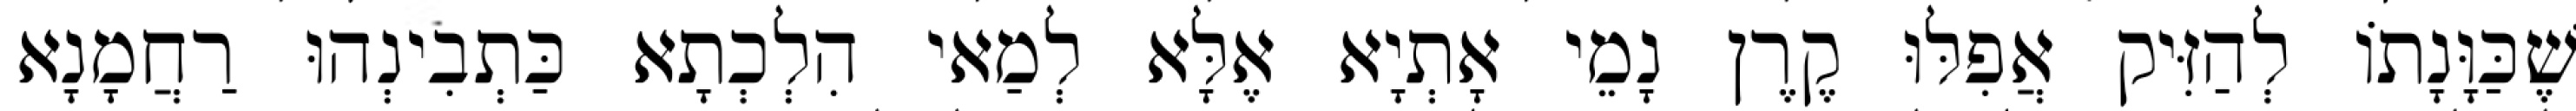
שֶׁכַּוָּנָתוֹ לְהַזִּיק אֲפִלּוּ קֶרֶן נָמֵי אָתְיָא אֶלָּא לְמַאי הִלְכְתָא כַּתְבִינְהוּ רַחֲמָנָא